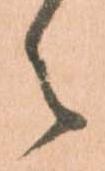
々